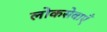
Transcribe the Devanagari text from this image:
लोकसेवाएँ